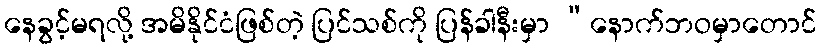
နေခွင့်မရလို့ အမိနိုင်ငံဖြစ်တဲ့ ပြင်သစ်ကို ပြန်ခါနီးမှာ “နောက်ဘဝမှာတောင်